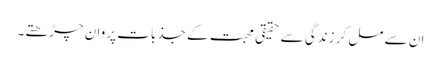
ان سے مل کر زندگی سے حقیقی محبت کے جذبات پروان چڑھتے۔